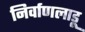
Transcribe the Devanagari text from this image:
निर्वाणलाडू